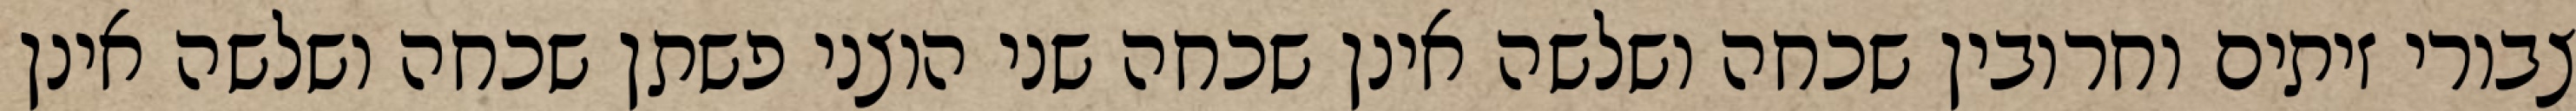
צבורי זיתים וחרובין שכחה ושלשה אינן שכחה שני הוצני פשתן שכחה ושלשה אינן